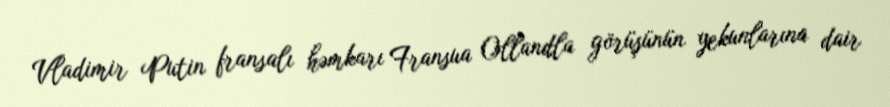
Vladimir Putin fransalı həmkarı Fransua Ollandla görüşünün yekunlarına dair